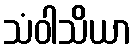
သံဝါသိယာ